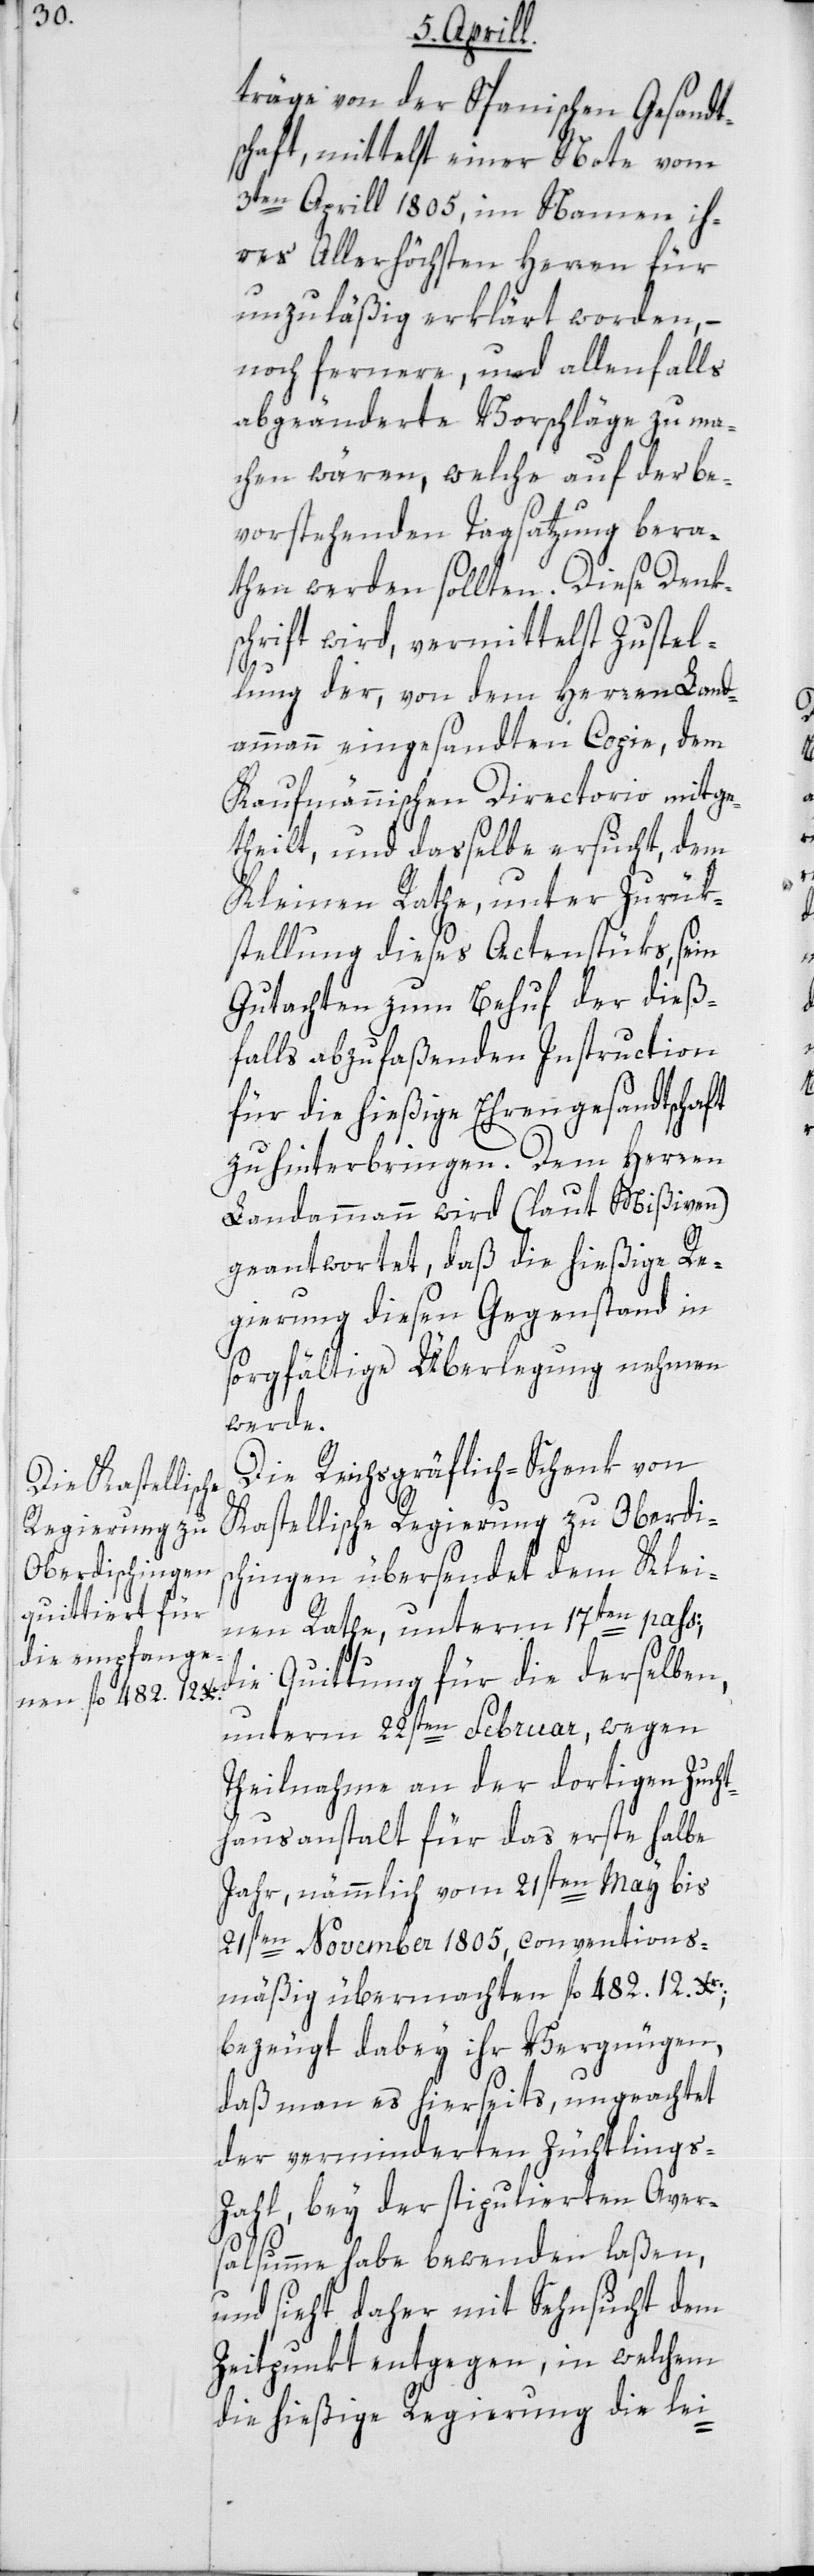
träge von der Spanischen Gesandt¬
schaft, mittelst einer Note vom
3ten April 1805, im Namen ih¬
res Allerhöchsten Herren für
unzuläßig erklärt worden, –
noch fernere und allenfalls
abgeänderte Vorschläge zu ma¬
chen wären, welche auf der be¬
vorstehenden Tagsatzung bera¬
then werden sollten. Diese Denk¬
schrift wird, vermittelst Zustel¬
lung der von dem Herren Land¬
ammann eingesandten Copie, dem
Kaufmännischen Directorio mitge¬
theilt, und dasselbe ersucht, dem
Kleinen Rathe, unter Zurük¬
stellung dieses Actenstüks, sein
Gutachten zum Behuf der dieß¬
falls abzufassenden Instruction
für die hießige Ehrengesandtschaft
zu hinterbringen. Dem Herren
Landammann wird (laut Mißiven)
geantwortet, daß die hießige Re¬
gierung diesen Gegenstand in
sorgfältige Überlegung nehmen
werde.
Die Reichsgräflich-Schenk von
Kastellische Regierung zu Oberdis¬
chingen übersendet dem Klei¬
nen Rathe, unterm 17ten pass.,
die Quittung für die derselben,
unterm 22sten Februar, wegen
Theilnahme an der dortigen Zucht¬
hausanstalt für das erste halbe
Jahr, nämmlich vom 21sten May bis
21sten November 1805, conventions¬
mäßig übermachten fl. 482 12Xr;
bezeugt dabey ihr Vergnügen,
daß man es hierseits, ungeachtet
der verminderten Züchtlings-Z¬
ahl bey der stipulierten Aver¬
salsumme habe bewenden laßen,
und sieht daher mit Sehnsucht dem
Zeitpunkt entgegen, in welchem
die hießige Regierung die lei-